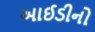
આઈડીનો